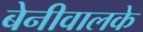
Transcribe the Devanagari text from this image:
बेनीवालके